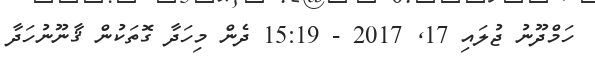
ހަމްދޫނު ޖުލައި 17